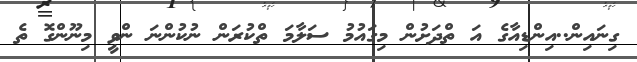
ގިނައިން..އިންޑިއާގެ އަ ތްދަށުން މިގައުމު ސަލާމަ ތްކުރަން ނުކުންނަ ންވީ މިނޫންގޮ ތެ